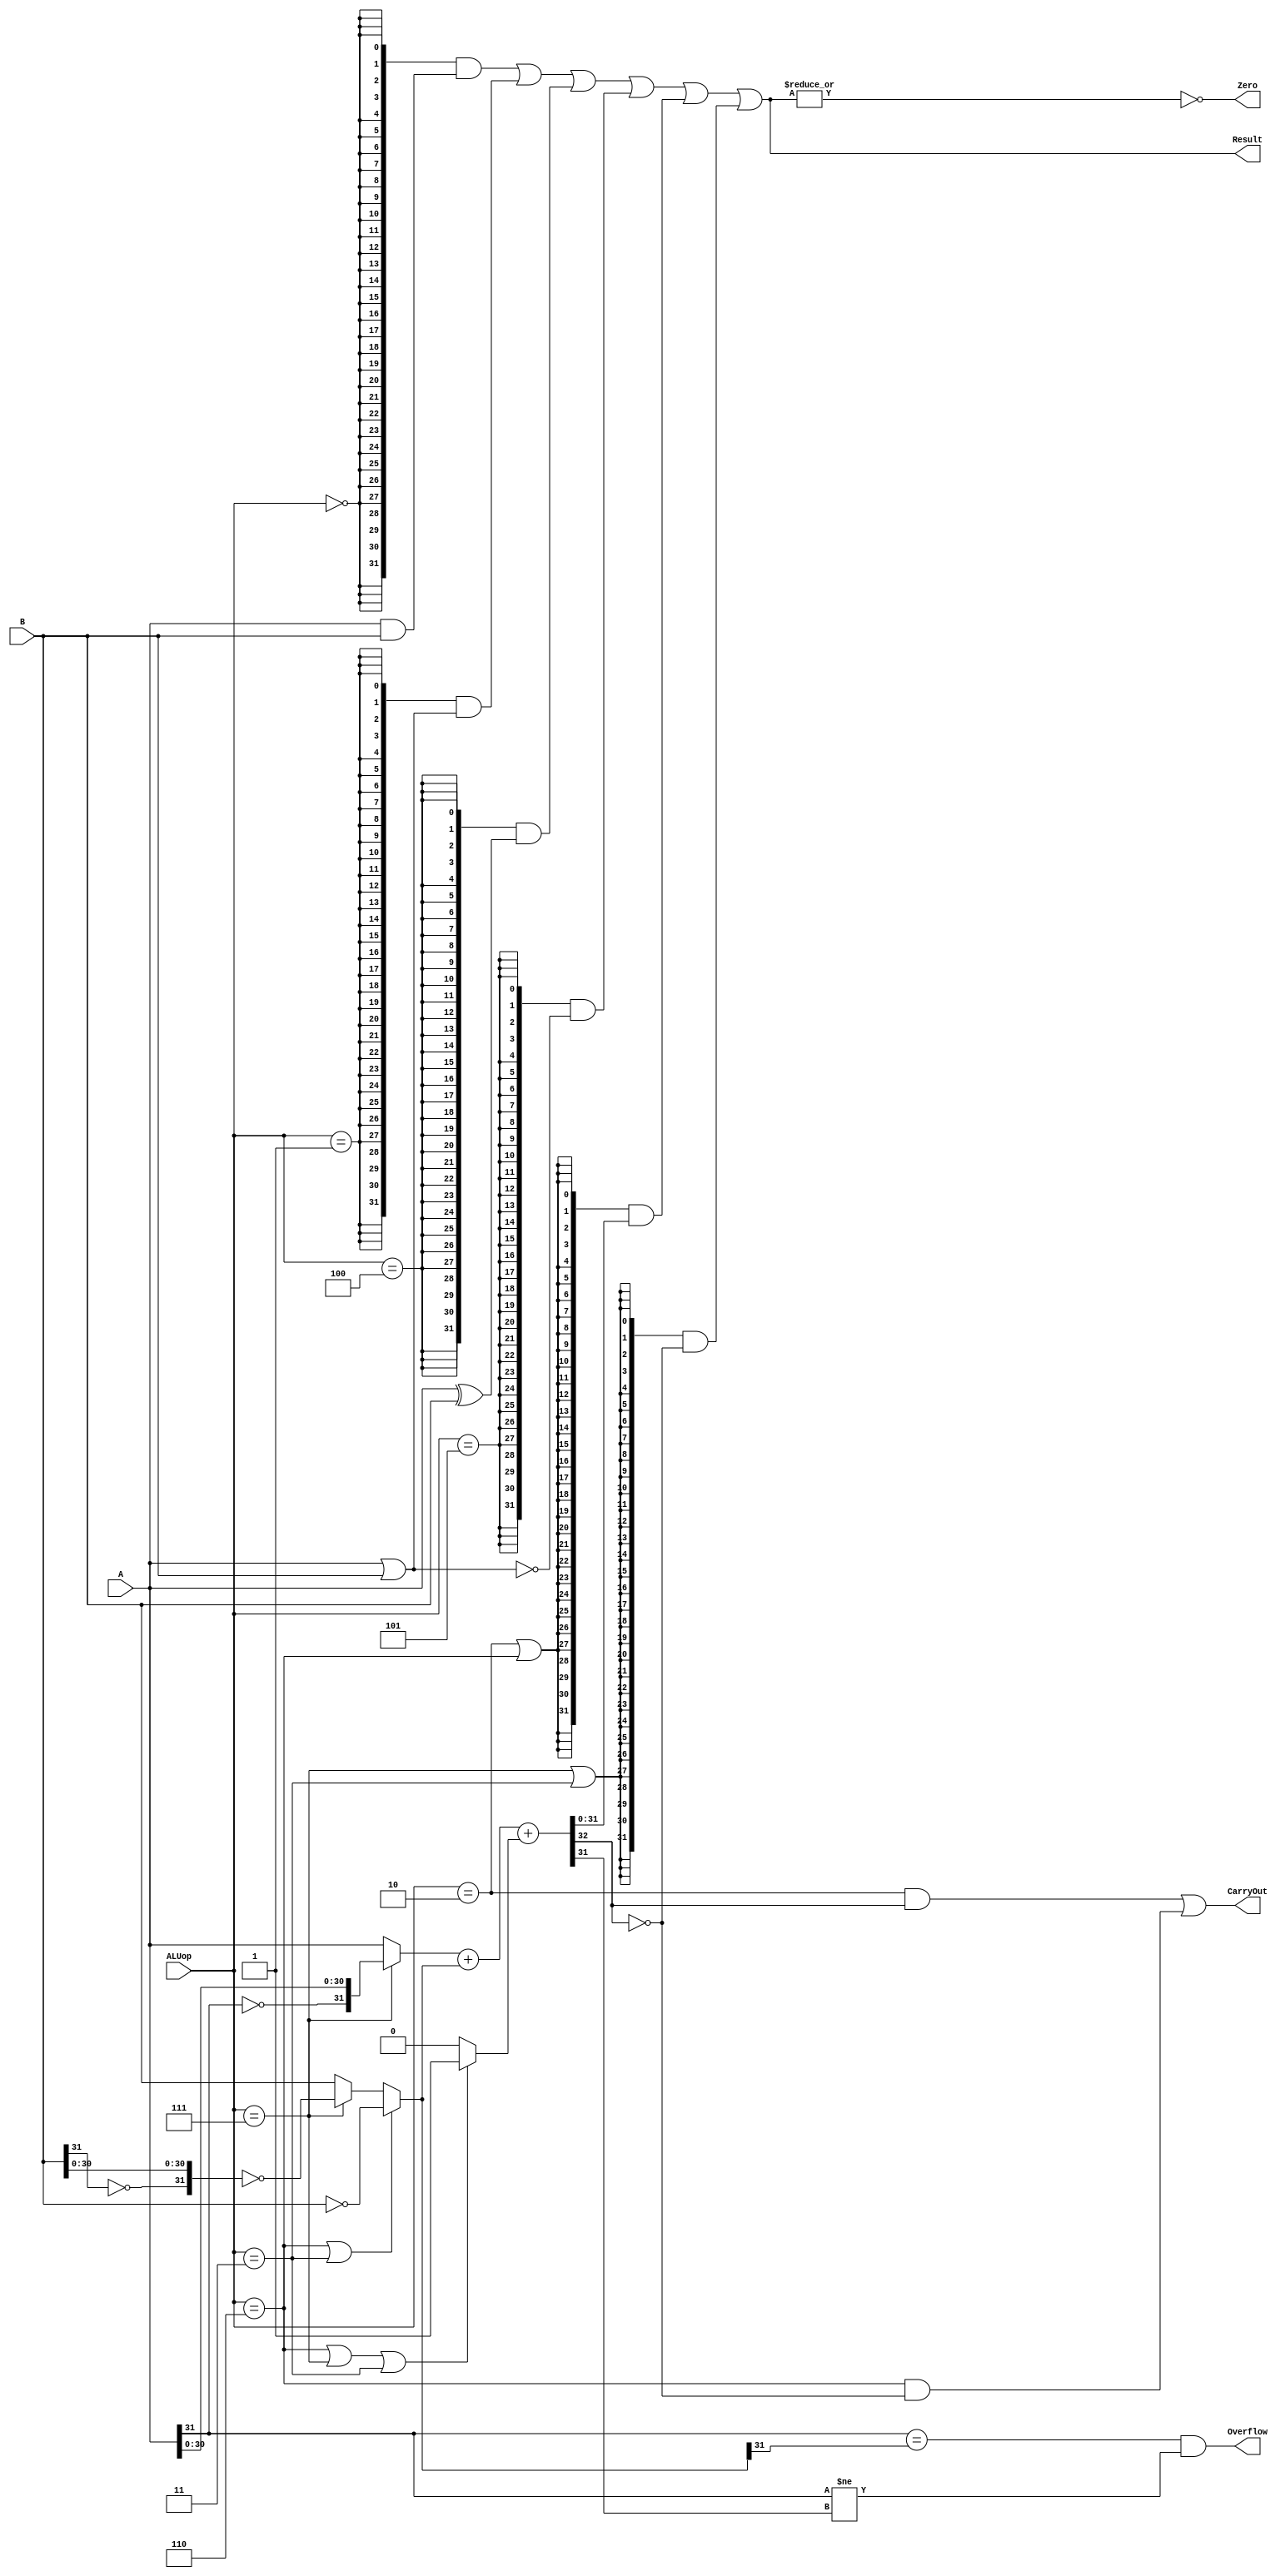
`timescale 10 ns / 1 ns

`define DATA_WIDTH 32

module alu(
	input  [`DATA_WIDTH - 1:0]  A,
	input  [`DATA_WIDTH - 1:0]  B,
	input  [              2:0]  ALUop,
	output                      Overflow,
	output                      CarryOut,
	output                      Zero,
	output [`DATA_WIDTH - 1:0]  Result
);
	// TODO: Please add your logic design here
	/* ALU opcode */
	parameter AND = 3'b000, OR = 3'b001, ADD = 3'b010, SUB = 3'b110, SLT = 3'b111, XOR = 3'b100, NOR = 3'b101, SLTU = 3'b011;

	wire [`DATA_WIDTH - 1:0] A_switched, B_switched, res_sum, res_and, res_or, res_xor, res_nor;
	wire cin, cout;
	wire A_sign, B_sign, sum_sign;  /* signal bit */
	wire opAND, opOR, opADD, opSUB, opSLT, opXOR, opNOR, opSLTU;

	assign { cout,res_sum } = A_switched + B_switched + cin;

	assign { opAND,opOR,opADD,opSUB,opSLT,opXOR,opNOR,opSLTU } = { ALUop == AND,ALUop == OR,ALUop == ADD,ALUop == SUB,ALUop == SLT,ALUop == XOR,ALUop == NOR,ALUop == SLTU };

	assign Zero = ~|Result;
	assign A_switched = (opSLT ? { ~A_sign,A[`DATA_WIDTH - 2:0] } : A);  /* use shift code when SLT */
	assign B_switched = (opSUB || opSLTU ? ~B : (opSLT ? ~{ ~B_sign,B[`DATA_WIDTH - 2:0] } : B));
	assign cin = (opSUB || opSLT || opSLTU ? 1'b1 : 1'b0);

	assign res_and = A & B;
	assign res_or = A | B;
	assign res_xor = A ^ B;
	assign res_nor = ~res_or;

	assign A_sign = A[`DATA_WIDTH - 1];
	assign B_sign = B[`DATA_WIDTH - 1];
	assign sum_sign = res_sum[`DATA_WIDTH - 1];

	assign Overflow = (A_sign == B_switched[`DATA_WIDTH - 1] && A_sign != sum_sign);
	assign CarryOut = (opADD && cout) || (opSUB && ~cout);

	assign Result = (
		{`DATA_WIDTH{opAND}} & res_and |
		{`DATA_WIDTH{opOR}} & res_or |
		{`DATA_WIDTH{opXOR}} & res_xor |
		{`DATA_WIDTH{opNOR}} & res_nor |
		{`DATA_WIDTH{opADD || opSUB}} & res_sum |
		{`DATA_WIDTH{opSLT || opSLTU}} & { 31'd0,~cout }
	);
endmodule